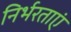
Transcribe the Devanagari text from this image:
निर्भरताएं